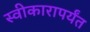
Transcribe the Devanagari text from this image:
स्वीकारापर्यंत